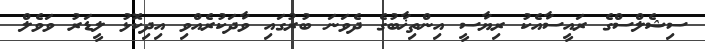
ސިޝެލްސްގެ ރައީސާއެކު ރިޔާސީ އިންތިޚާބުގެ ދެވަނަ ބުރުގައި ވާދަކުރެއްވި އިދިކޮޅު ލީޑަރު ވަވެލް